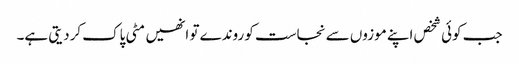
جب کوئی شخص اپنے موزوں سے نجاست کو روندے تو انھیں مٹی پاک کردیتی ہے۔